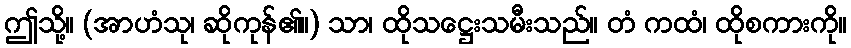
ဤသို့။ (အာဟံသု၊ ဆိုကုန်၏။) သာ၊ ထိုသဋ္ဌေးသမီးသည်။ တံ ကထံ၊ ထိုစကားကို။